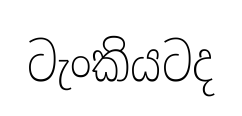
ටැංකියටද